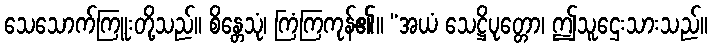
သေသောက်ကြူးတို့သည်။ စိန္တေသုံ၊ ကြံကြကုန်၏။ “အယံ သေဋ္ဌိပုတ္တော၊ ဤသူဌေးသားသည်။